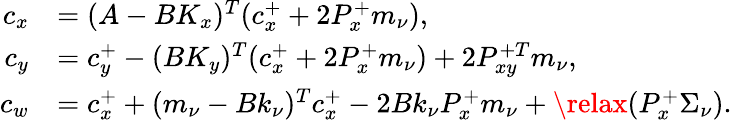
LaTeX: \begin{array}{rl}{c_{x}}&{=(A-BK_{x})^{T}(c_{x}^{+}+2P_{x}^{+}m_{\nu}),}\\ {c_{y}}&{=c_{y}^{+}-(BK_{y})^{T}(c_{x}^{+}+2P_{x}^{+}m_{\nu})+2P_{xy}^{+T}m_{\nu},}\\ {c_{w}}&{=c_{x}^{+}+(m_{\nu}-Bk_{\nu})^{T}c_{x}^{+}-2Bk_{\nu}P_{x}^{+}m_{\nu}+\relax(P_{x}^{+}\Sigma_{\nu}).}\end{array}